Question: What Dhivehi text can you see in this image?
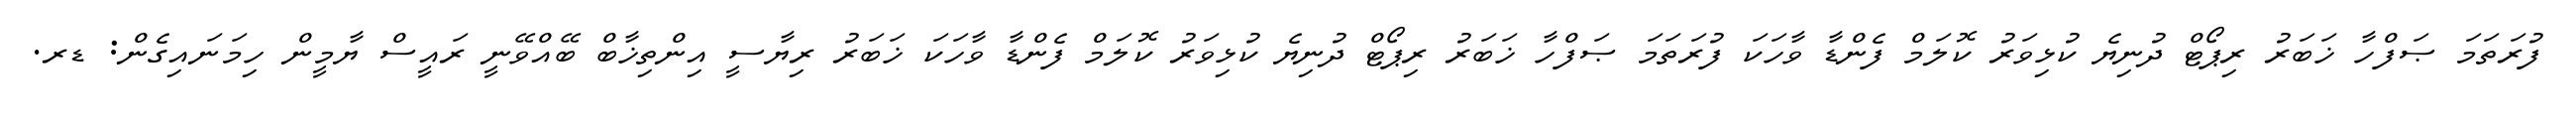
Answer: ފުރަތަމަ ޞަފްހާ ޚަބަރު ރިޕޯޓް ދުނިޔެ ކުޅިވަރު ކޮލަމް ފެންޑާ ވާހަކަ ފުރަތަމަ ޞަފްހާ ޚަބަރު ރިޕޯޓް ދުނިޔެ ކުޅިވަރު ކޮލަމް ފެންޑާ ވާހަކަ ޚަބަރު ރިޔާސީ އިންތިޚާބް ބޭއްވޭނީ ރައީސް ޔާމީން ހިމަނައިގެން: ޑރ.